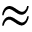
\approx